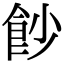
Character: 𩚙